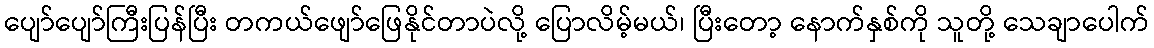
ပျော်ပျော်ကြီးပြန်ပြီး တကယ်ဖျော်ဖြေနိုင်တာပဲလို့ ပြောလိမ့်မယ်၊ ပြီးတော့ နောက်နှစ်ကို သူတို့ သေချာပေါက်